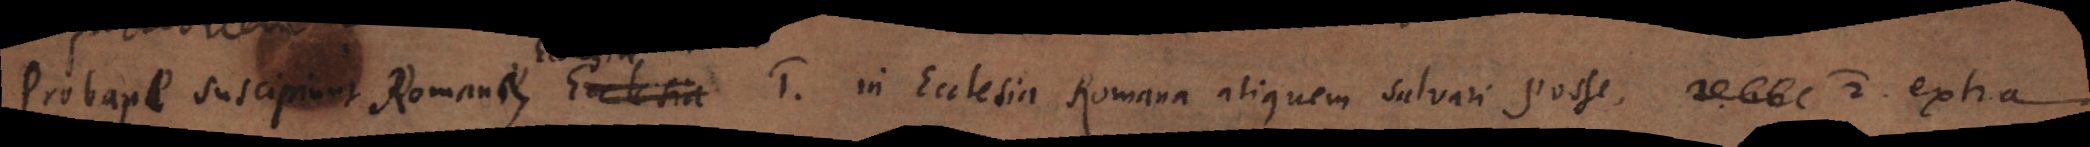
Probare suscipiunt Romanae Ecclesia 1) in Ecclesia Romana aliquem salvari posse, 2) extra